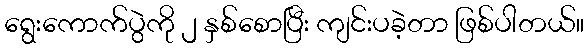
ရွေးကောက်ပွဲကို ၂ နှစ်စောပြီး ကျင်းပခဲ့တာ ဖြစ်ပါတယ်။